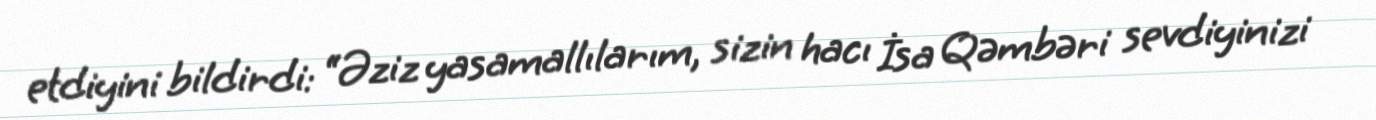
etdiyini bildirdi: “Əziz yasamallılarım, sizin hacı İsa Qəmbəri sevdiyinizi